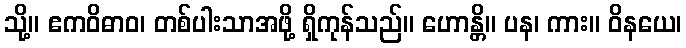
သို့။ ဧကဝိဓာဝ၊ တစ်ပါးသာအဖို့ ရှိကုန်သည်။ ဟောန္တိ။ ပန၊ ကား။ ဝိနယေ၊